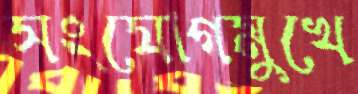
সংযোগমুখে